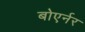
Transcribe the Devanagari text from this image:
बोएर्नर